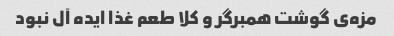
مزه‌ی گوشت همبرگر و کلا طعم غذا ایده آل نبود